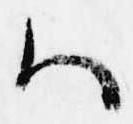
ハ